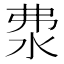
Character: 𣲴